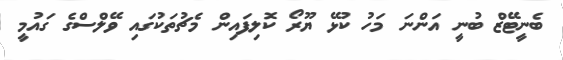
ބެނީޓޭޒް ބުނީ އަންނަ މަހު ކުޅޭ ޔޫރޯ ކޮލިފައިން މެޗުތަކުގައި ވޭލްސްގެ ގައުމީ